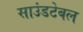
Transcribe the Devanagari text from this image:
साउंडटेबल